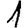
Digit: 1